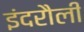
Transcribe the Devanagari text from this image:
इंदरौली